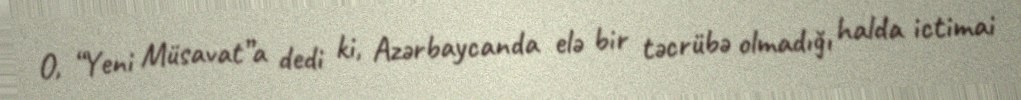
O, “Yeni Müsavat”a dedi ki, Azərbaycanda elə bir təcrübə olmadığı halda ictimai